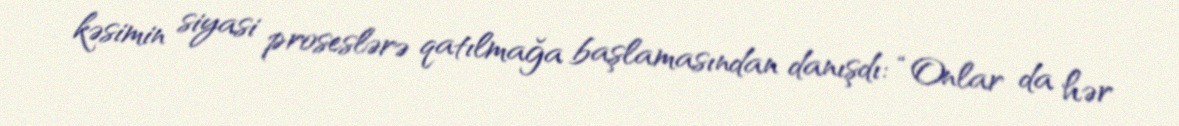
kəsimin siyasi proseslərə qatılmağa başlamasından danışdı: “Onlar da hər